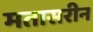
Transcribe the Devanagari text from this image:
मतासरीन